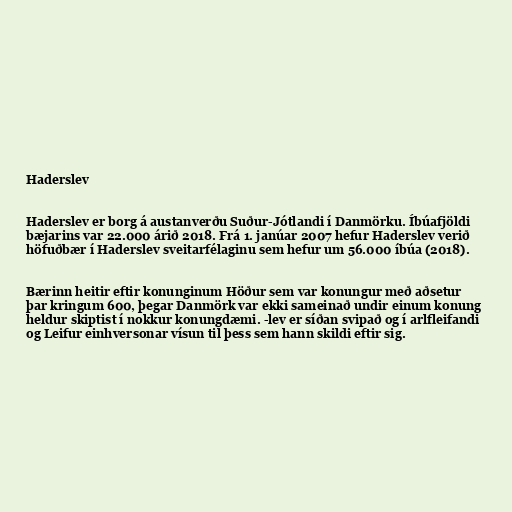
Haderslev

Haderslev er borg á austanverðu Suður-Jótlandi í Danmörku. Íbúafjöldi
bæjarins var 22.000 árið 2018. Frá 1. janúar 2007 hefur Haderslev verið
höfuðbær í Haderslev sveitarfélaginu sem hefur um 56.000 íbúa (2018).

Bærinn heitir eftir konunginum Höður sem var konungur með aðsetur
þar kringum 600, þegar Danmörk var ekki sameinað undir einum konung
heldur skiptist í nokkur konungdæmi. -lev er síðan svipað og í arlfleifandi
og Leifur einhversonar vísun til þess sem hann skildi eftir sig.